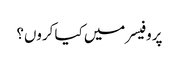
پروفیسر میں کیا کروں؟